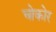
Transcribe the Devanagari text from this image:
चोकोर